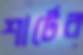
শার্টের